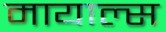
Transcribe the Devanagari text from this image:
मायाल्स